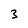
Character: 3